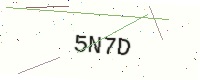
Text: 5N7D